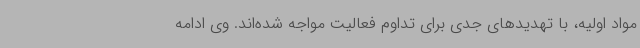
مواد اولیه، با تهدیدهای جدی برای تداوم فعالیت مواجه شده‌اند. وی ادامه